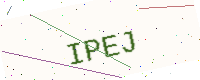
Text: IPEJ